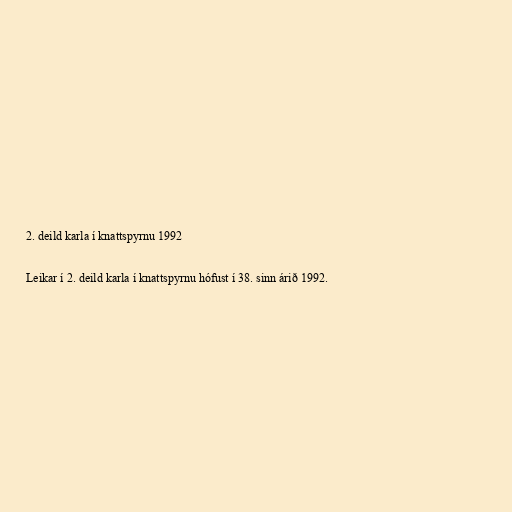
2. deild karla í knattspyrnu 1992

Leikar í 2. deild karla í knattspyrnu hófust í 38. sinn árið 1992.